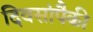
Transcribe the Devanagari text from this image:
दिवसांंपैकी